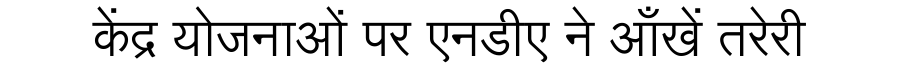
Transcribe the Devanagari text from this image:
केंद्र योजनाओं पर एनडीए ने आँखें तरेरी